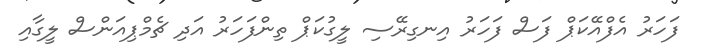
ފަހަރު އެފްއޭކަޕް ފަސް ފަހަރު އިނގިރޭސި ލީގުކަޕް ތިންފަހަރު އަދި ޗެމްޕިއަންސް ލީގާއި